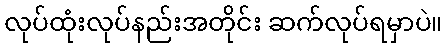
လုပ်ထုံးလုပ်နည်းအတိုင်း ဆက်လုပ်ရမှာပဲ။